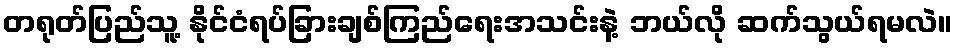
တရုတ်ပြည်သူ့ နိုင်ငံရပ်ခြားချစ်ကြည်ရေးအသင်းနဲ့ ဘယ်လို ဆက်သွယ်ရမလဲ။